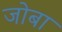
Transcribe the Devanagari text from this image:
जोबा